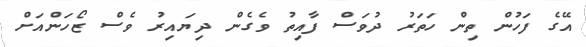
އޭގެ ފަހުން ތިން ހަތަރު ދުވަސް ފާއިތު ވެގެން ދިޔައިރު ވެސް ޒޯހަންއަށް